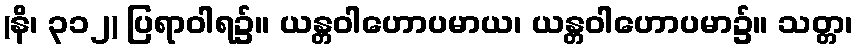
(နိ၊ ၃၁၂) ပြရာဝါရ၌။ ယန္တဝါဟောပမာယ၊ ယန္တဝါဟောပမာ၌။ သတ္တ၊